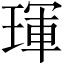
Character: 琿